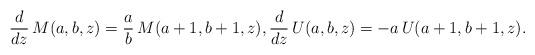
LaTeX: \begin{align*} \frac{d}{dz}\, M(a,b,z) = \frac ab\, M(a+1,b+1,z), \frac{d}{dz}\, U(a,b,z) = -a\, U(a+1,b+1,z). \end{align*}